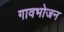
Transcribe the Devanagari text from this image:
गावभोजन